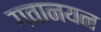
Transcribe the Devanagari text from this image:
गवानयन